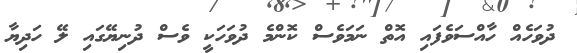
ދުވަހެއް ހާއްސަވެފައި އޮތް ނަމަވެސް ކޮންމެ ދުވަހަކީ ވެސް ދުނިޔޭގައި ލޭ ހަދިޔާ